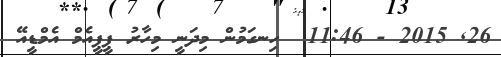
26